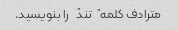
مترادف کلمه "تند" را بنویسید.